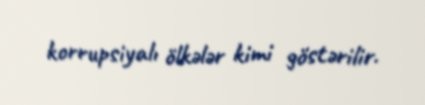
korrupsiyalı ölkələr kimi göstərilir.